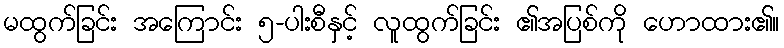
မထွက်ခြင်း အကြောင်း ၅-ပါးစီနှင့် လူထွက်ခြင်း ၏အပြစ်ကို ဟောထား၏။